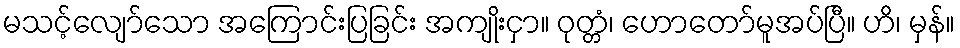
မသင့်လျော်သော အကြောင်းပြခြင်း အကျိုးငှာ။ ဝုတ္တံ၊ ဟောတော်မူအပ်ပြီ။ ဟိ၊ မှန်။